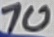
Text: 10